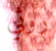
روثي